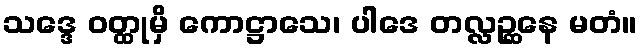
သဒ္ဒေ ဝတ္ထုမှိ ကောဋ္ဌာသေ၊ ပါဒေ တလ္လဉ္ဆနေ မတံ။